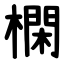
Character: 㯗